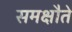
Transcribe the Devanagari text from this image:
समक्षौते